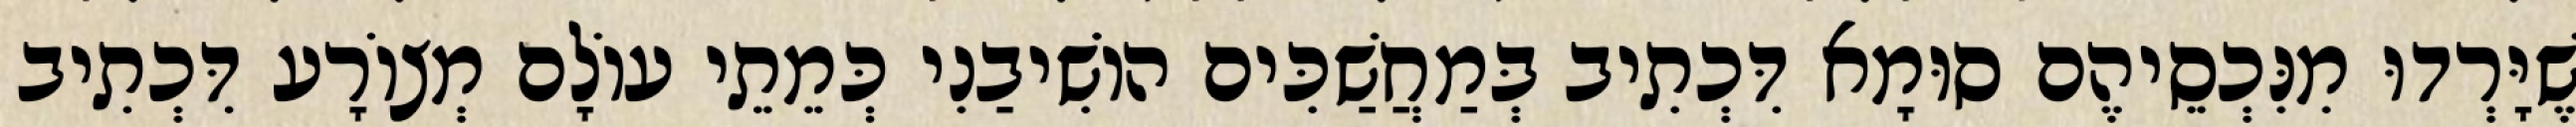
שֶׁיָּרְדוּ מִנִּכְסֵיהֶם סוּמָא דִּכְתִיב בְּמַחֲשַׁכִּים הוֹשִׁיבַנִי כְּמֵתֵי עוֹלָם מְצוֹרָע דִּכְתִיב